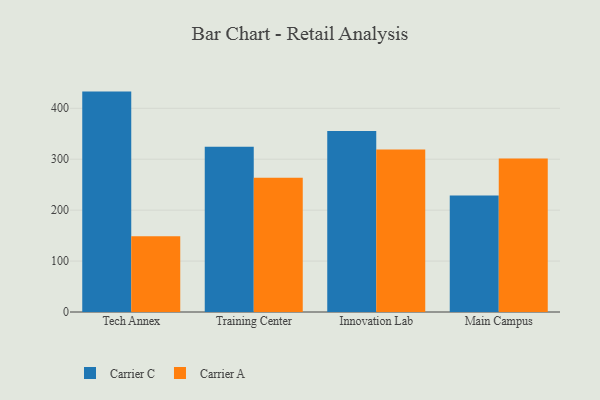
{"axis": {"x": "Campus", "y": "Page Views"}, "legend": ["Carrier A", "Carrier C"], "data": [{"x": "Tech Annex", "y": 432.7, "type": "Carrier C"}, {"x": "Tech Annex", "y": 148.6, "type": "Carrier A"}, {"x": "Training Center", "y": 324.5, "type": "Carrier C"}, {"x": "Training Center", "y": 263.8, "type": "Carrier A"}, {"x": "Innovation Lab", "y": 355.5, "type": "Carrier C"}, {"x": "Innovation Lab", "y": 319.0, "type": "Carrier A"}, {"x": "Main Campus", "y": 228.5, "type": "Carrier C"}, {"x": "Main Campus", "y": 301.2, "type": "Carrier A"}]}